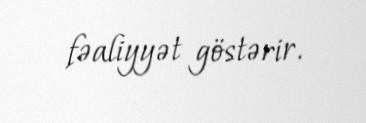
fəaliyyət göstərir.